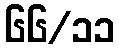
၆၆/၁၁